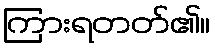
ကြားရတတ်၏။